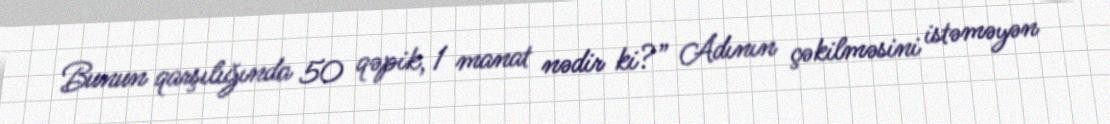
Bunun qarşılığında 50 qəpik, 1 manat nədir ki?” Adının çəkilməsini istəməyən